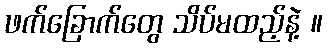
ဖက်ခြောက်တွေ သိပ်မထည့်နဲ့ ။